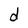
Character: d